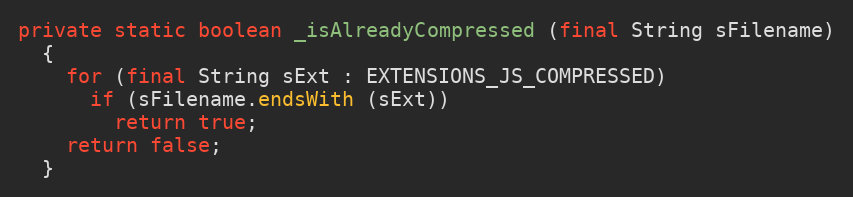
Language: Java
private static boolean _isAlreadyCompressed (final String sFilename)
  {
    for (final String sExt : EXTENSIONS_JS_COMPRESSED)
      if (sFilename.endsWith (sExt))
        return true;
    return false;
  }